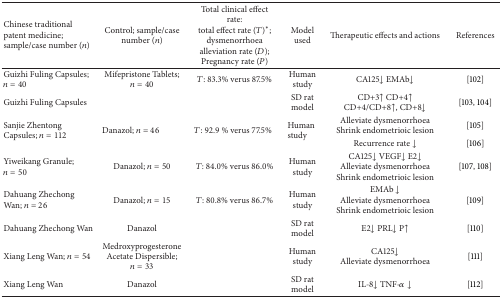
<table><thead><tr><td><b>Chinese traditional patent medicine; sample/case number (<i>n</i>) </b></td><td><b>Control; sample/case number (<i>n</i>) </b></td><td><b>Total clinical effect rate:total effect rate (<i>T</i>)*;dysmenorrhoea alleviation rate (<i>D</i>);Pregnancy rate (<i>P</i>)</b></td><td><b>Model used</b></td><td><b>Therapeutic effects and actions</b></td><td><b>References</b></td></tr></thead><tbody><tr><td>Guizhi Fuling Capsules; <i>n</i> = 40</td><td>Mifepristone Tablets; <i>n</i> = 40</td><td><i>T</i>: 83.3% verus 87.5%</td><td>Human study</td><td>CA125↓ EMAb↓</td><td>[102]</td></tr><tr><td>Guizhi Fuling Capsules</td><td> </td><td> </td><td>SD rat model</td><td>CD+3↑ CD+4↑ CD+4/CD+8↑, CD+8↓</td><td>[103, 104]</td></tr><tr><td rowspan="2">Sanjie Zhentong Capsules; <i>n</i> = 112</td><td rowspan="2">Danazol; <i>n</i> = 46</td><td rowspan="2"><i>T</i>: 92.9 % verus 77.5%</td><td rowspan="2">Human study</td><td>Alleviate dysmenorrhoea Shrink endometrioic lesion</td><td>[105]</td></tr><tr><td>Recurrence rate ↓</td><td>[106]</td></tr><tr><td>Yiweikang Granule; <i>n</i> = 50</td><td>Danazol; <i>n</i> = 50</td><td><i>T</i>: 84.0% verus 86.0%</td><td>Human study</td><td>CA125↓ VEGF↓ E2↓Alleviate dysmenorrhoeaShrink endometrioic lesion </td><td>[107, 108]</td></tr><tr><td>Dahuang Zhechong Wan; <i>n</i> = 26</td><td>Danazol; <i>n</i> = 15</td><td><i>T</i>: 80.8% verus 86.7%</td><td>Human study</td><td>EMAb ↓Alleviate dysmenorrhoeaShrink endometrioic lesion </td><td>[109]</td></tr><tr><td>Dahuang Zhechong Wan</td><td>Danazol</td><td> </td><td>SD rat model</td><td>E2↓ PRL↓ P↑ </td><td>[110]</td></tr><tr><td>Xiang Leng Wan; <i>n</i> = 54</td><td>Medroxyprogesterone Acetate Dispersible; <i>n</i> = 33</td><td> </td><td>Human study</td><td>CA125↓Alleviate dysmenorrhoea</td><td>[111]</td></tr><tr><td>Xiang Leng Wan</td><td>Danazol</td><td> </td><td>SD rat model</td><td>IL-8↓ TNF-<i>α</i>↓</td><td>[112]</td></tr></tbody></table>